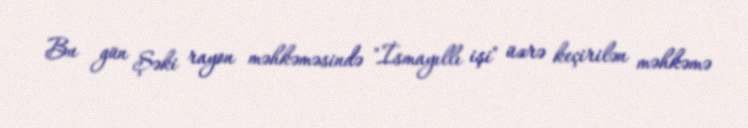
Bu gün Şəki rayon məhkəməsində "İsmayıllı işi" üzrə keçirilən məhkəmə